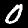
Label: 0